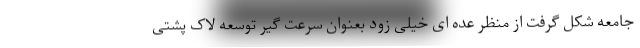
جامعه شکل گرفت از منظر عده ای خیلی زود بعنوان سرعت گیر توسعه لاک پشتی